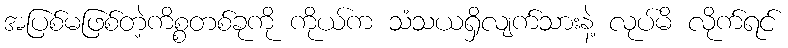
အပြစ်မဖြစ်တဲ့ကိစ္စတစ်ခုကို ကိုယ်က သံသယရှိလျက်သားနဲ့ လုပ်မိ လိုက်ရင်